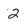
Character: 2